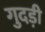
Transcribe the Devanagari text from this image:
गुदडी़